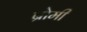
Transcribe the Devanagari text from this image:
ब्रोमी